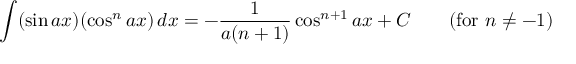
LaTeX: \int ( \sin a x ) ( \cos ^ { n } a x ) \, d x = - { \frac { 1 } { a ( n + 1 ) } } \cos ^ { n + 1 } a x + C \qquad { \mathrm { ( f o r ~ } } n \neq - 1 { \mathrm { ) } }